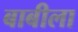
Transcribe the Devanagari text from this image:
बाबीला